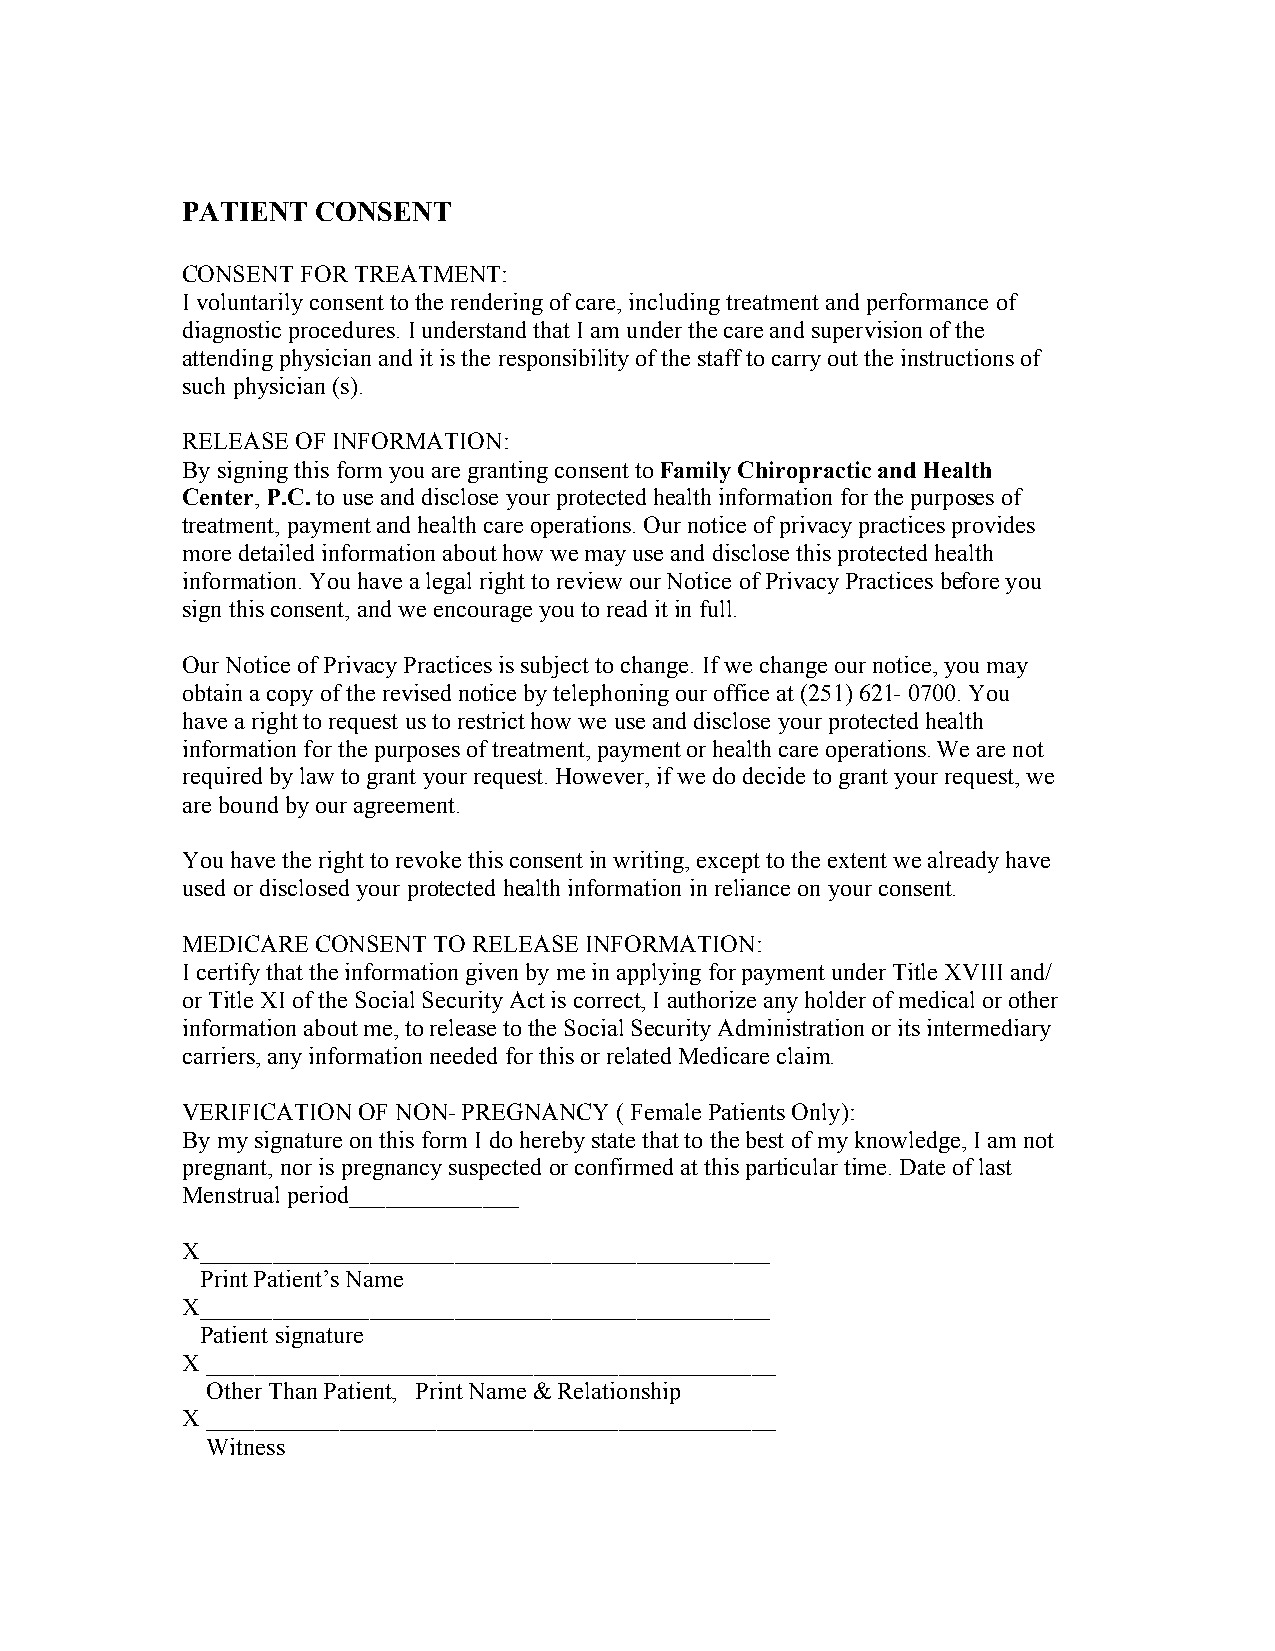
PATIENT  CONSENT
 CONSENT FOR TREATMENT:
 I voluntarily consent to the rendering of care, including treatment and performance of
 diagnostic procedures. I understand that I am under the care and supervision of the
 attending physician and it is the responsibility of the staff to carry out the instructions of
 such physician (s).
 RELEASE OF INFORMATION:
 By signing this form you are granting consent to Family Chiropractic and Health
 Center, P.C. to use and disclose your protected health information for the purposes of
 treatment, payment and health care operations. Our notice of privacy practices provides
 more detailed information about how we may use and disclose this protected health
 information. You have a legal right to review our Notice of Privacy Practices before you
 sign this consent, and we encourage you to read it in full.
 Our Notice of Privacy Practices is subject to change. If we change our notice, you may
 obtain a copy of the revised notice by telephoning our office at (251) 621- 0700. You
 have a right to request us to restrict how we use and disclose your protected health
 information for the purposes of treatment, payment or health care operations. We are not
 required by law to grant your request. However, if we do decide to grant your request, we
 are bound by our agreement.
 You have the right to revoke this consent in writing, except to the extent we already have
 used or disclosed your protected health information in reliance on your consent.
 MEDICARE CONSENT TO RELEASE INFORMATION:
 I certify that the information given by me in applying for payment under Title XVIII and/
 or Title XI of the Social Security Act is correct, I authorize any holder of medical or other
 information about me, to release to the Social Security Administration or its intermediary
 carriers, any information needed for this or related Medicare claim.
 VERIFICATION OF NON- PREGNANCY ( Female Patients Only):
 By my signature on this form I do hereby state that to the best of my knowledge, I am not
 pregnant, nor is pregnancy suspected or confirmed at this particular time. Date of last
 Menstrual period______________
 X_______________________________________________
 Print Patient’s Name
 X_______________________________________________
 Patient signature
 X _______________________________________________
 Other Than Patient, Print Name & Relationship
 X _______________________________________________
 Witness